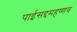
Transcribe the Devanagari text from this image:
पाईसद्दमहष्णव